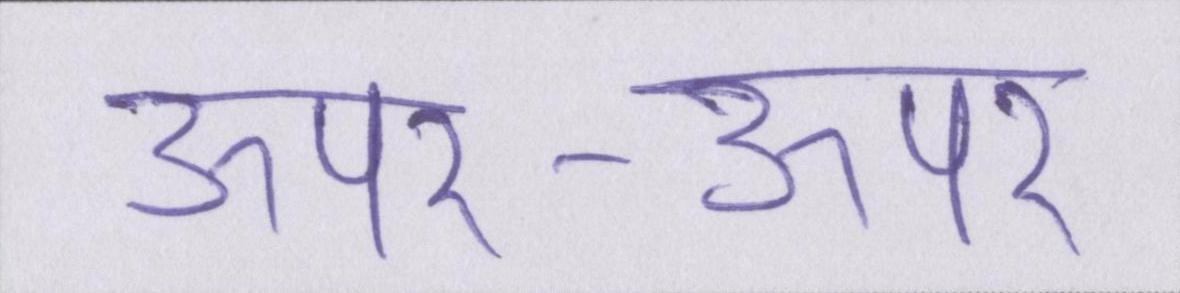
ऊपर-ऊपर